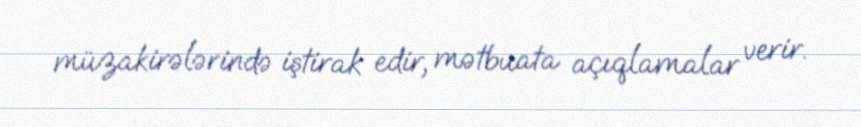
müzakirələrində iştirak edir, mətbuata açıqlamalar verir.